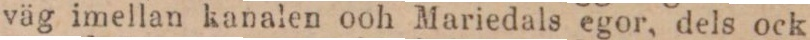
väg imellan kanalen och Mariedals egor, dels ock